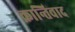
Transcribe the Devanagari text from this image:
क्रान्तिवाद